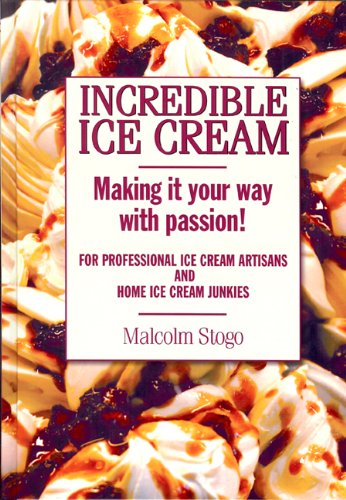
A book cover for Incredible Ice Cream; Malcolm Stogo; Cookbooks, Food & Wine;